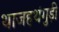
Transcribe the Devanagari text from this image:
थाजहथंगुड़ी